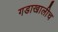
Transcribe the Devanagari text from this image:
गडाखालीच